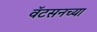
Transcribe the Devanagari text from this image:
वॅटसनच्या